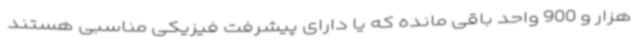
هزار و 900 واحد باقی مانده که یا دارای پیشرفت فیزیکی مناسبی هستند